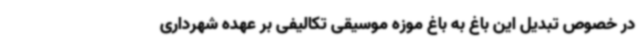
در خصوص تبدیل این باغ به باغ موزه موسیقی تکالیفی بر عهده شهرداری